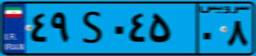
۵۶S۵۵۴۹۷